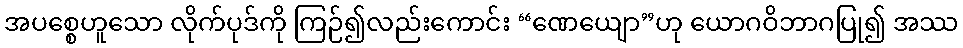
အပစ္စေဟူသော လိုက်ပုဒ်ကို ကြဉ်၍လည်းကောင်း “ဏေယျော”ဟု ယောဂဝိဘာဂပြု၍ အဿ